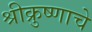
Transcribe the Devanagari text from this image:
श्रीक्रुष्णाचे